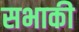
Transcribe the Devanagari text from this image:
सभाकी